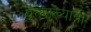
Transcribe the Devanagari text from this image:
प्रत्याख्यानी